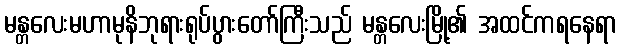
မန္တလေးမဟာမုနိဘုရားရုပ်ပွားတော်ကြီးသည် မန္တလေးမြို့၏ အထင်ကရနေရာ